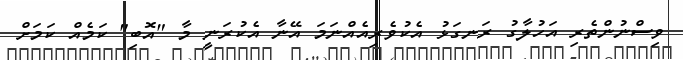
ވިސްނުންތެރި އަހުލާގު ރަނގަޅު އެކުވެރިއެއްނަމަ އޭނާ އެކުރަނީ މާ "އޮބި" ކަމެއް ކަމަށް